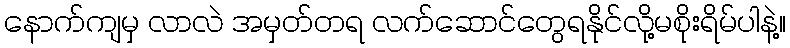
နောက်ကျမှ လာလဲ အမှတ်တရ လက်ဆောင်တွေရနိုင်လို့မစိုးရိမ်ပါနဲ့။